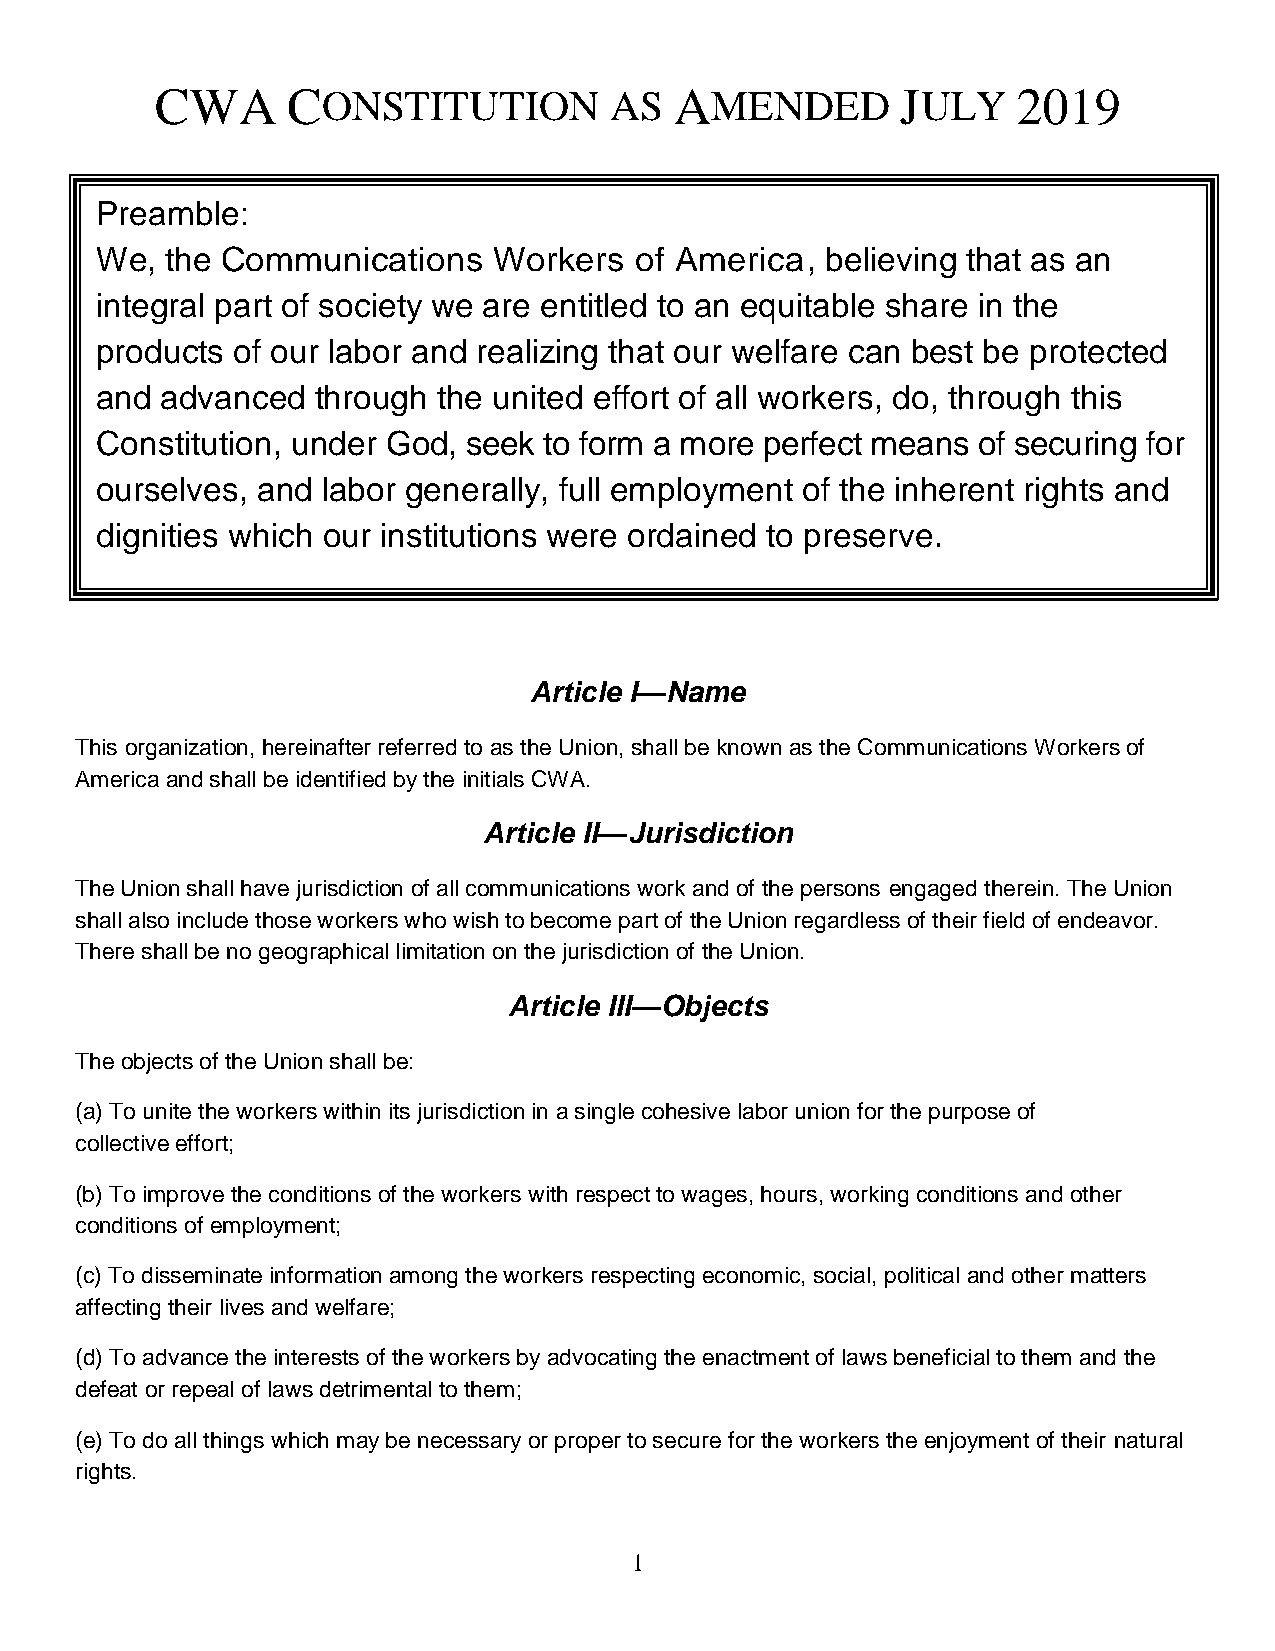
CWA      CONSTITUTION         AS   AMENDED        JULY   2019
 Preamble:
 We,  the Communications    Workers  of America,  believing that as an
 integral part of society we are entitled to an equitable share in the
 products of our labor and realizing that our welfare can best be protected
 and  advanced  through the united effort of all workers, do, through this
 Constitution, under God, seek to form a more perfect means of securing for
 ourselves, and labor generally, full employment of the inherent rights and
 dignities which our institutions were ordained to preserve.
 Article I—Name
 This organization, hereinafter referred to as the Union, shall be known as the Communications Workers of
 America and shall be identified by the initials CWA.
 Article II—Jurisdiction
 The Union shall have jurisdiction of all communications work and of the persons engaged therein. The Union
 shall also include those workers who wish to become part of the Union regardless of their field of endeavor.
 There shall be no geographical limitation on the jurisdiction of the Union.
 Article III—Objects
 The objects of the Union shall be:
 (a) To unite the workers within its jurisdiction in a single cohesive labor union for the purpose of
 collective effort;
 (b) To improve the conditions of the workers with respect to wages, hours, working conditions and other
 conditions of employment;
 (c) To disseminate information among the workers respecting economic, social, political and other matters
 affecting their lives and welfare;
 (d) To advance the interests of the workers by advocating the enactment of laws beneficial to them and the
 defeat or repeal of laws detrimental to them;
 (e) To do all things which may be necessary or proper to secure for the workers the enjoyment of their natural
 rights.
 1